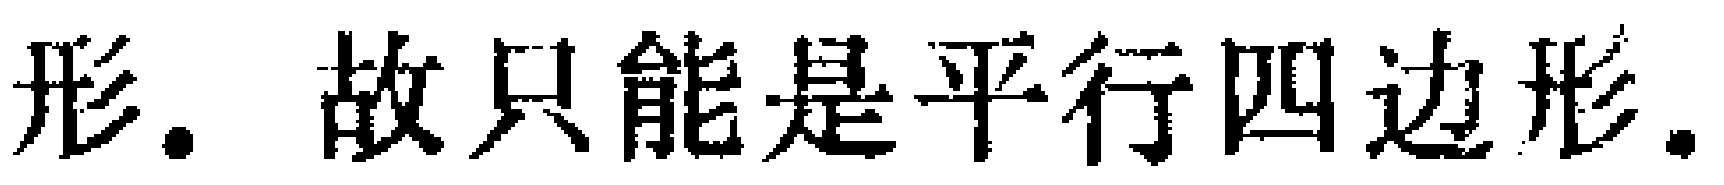
形. 故只能是平行四边形.